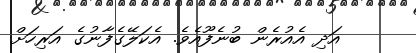
އަދި އެއުރެން ބުނެފޫއެވެ. އެކަލޭގެފާނުގެ އަރިހަށް